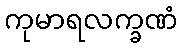
ကုမာရလက္ခဏံ